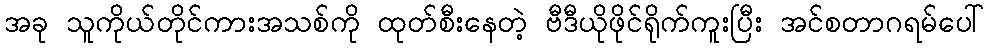
အခု သူကိုယ်တိုင်ကားအသစ်ကို ထုတ်စီးနေတဲ့ ဗီဒီယိုဖိုင်ရိုက်ကူးပြီး အင်စတာဂရမ်ပေါ်